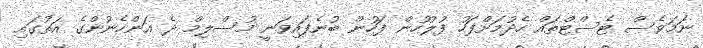
ނަމަވެސް ޓެސްޓްތައް ހެދުމަށްފަހު ފުލުހުން ފަހުން ބުނެފައިވަނީ މުސްލިމް ދެ އަންހެނުންގެ އަތުގައި